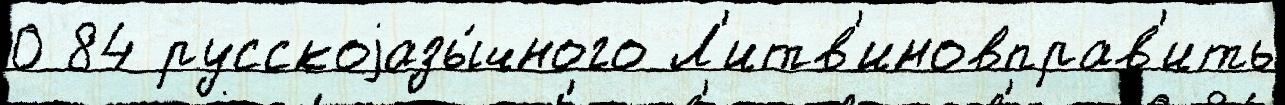
0 84 русскоjазы́чного Л'итв'иновправ'ить